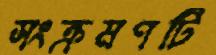
সংক্রমণটি